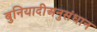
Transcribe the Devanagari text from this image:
बुनियादीअनुसंधान